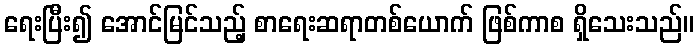
ရေးပြီး၍ အောင်မြင်သည့် စာရေးဆရာတစ်ယောက် ဖြစ်ကာစ ရှိသေးသည်။